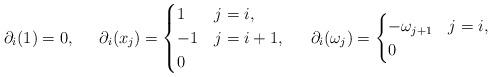
LaTeX: \begin{align*}\partial_i(1) &= 0, & \partial_i(x_j) &= \begin{cases}1 & j=i, \\-1 & j=i+1,\\0 &\end{cases} & \partial_i(\omega_j) &= \begin{cases}-\omega_{j+1} & j=i, \\0 &\end{cases}\end{align*}